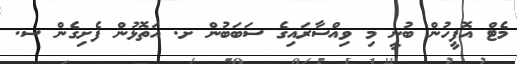
މެޓް އޮފީހުން ބުނީ މި ވިއްސާރައިގެ ސަބަބުން ށ. އަތޮޅުން ފެށިގެން ސ.